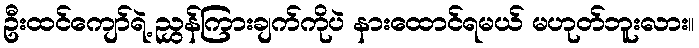
ဦးထင်ကျော်ရဲ့ ညွှန်ကြားချက်ကိုပဲ နားထောင်ရမယ် မဟုတ်ဘူးလား။